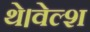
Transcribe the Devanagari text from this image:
थे।वेल्श